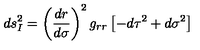
d s _ { I } ^ { 2 } = \left( \frac { d r } { d \sigma } \right) ^ { 2 } g _ { r r } \left[ - d \tau ^ { 2 } + d \sigma ^ { 2 } \right]